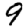
Digit: 9